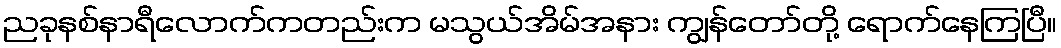
ညခုနစ်နာရီလောက်ကတည်းက မသွယ်အိမ်အနား ကျွန်တော်တို့ ရောက်နေကြပြီ။